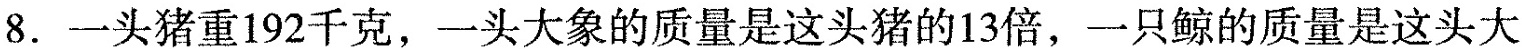
8.一头猪重192千克，一头大象的质量是这头猪的13倍，一只鲸的质量是这头大